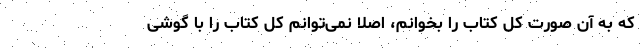
که به آن صورت کل کتاب را بخوانم، اصلا نمی‌توانم کل کتاب را با گوشی